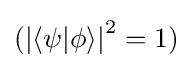
({|\langle \psi |\phi \rangle |}^{2}=1)